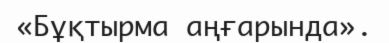
«Бұқтырма аңғарында».